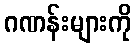
ဂဏန်းများကို